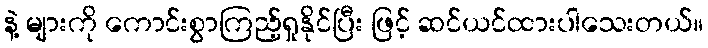
နဲ့ များကို ကောင်းစွာကြည့်ရှုနိုင်ပြီး ဖြင့် ဆင်ယင်ထားပါသေးတယ်။